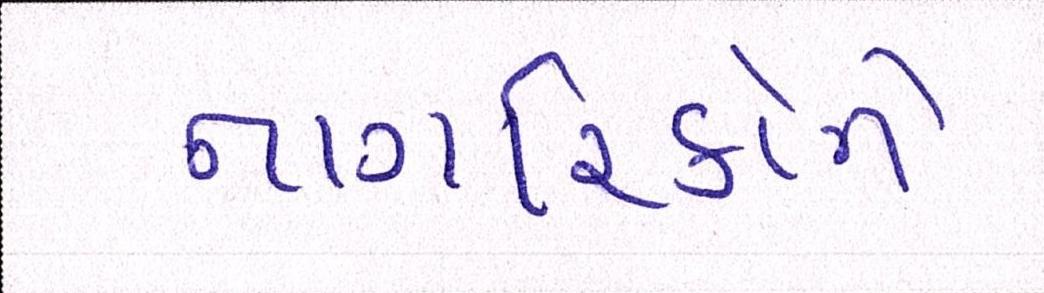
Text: નાગરિકોને